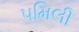
૫મિલી